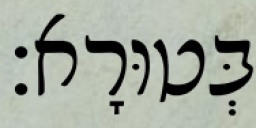
בְּטוּרָא׃